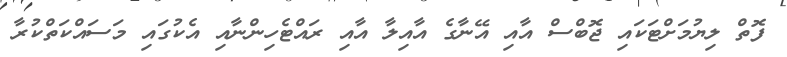
ފޮތް ލިޔުމަށްޓަކައި ޖޮބްސް އާއި އޭނާގެ އާއިލާ އާއި ރައްޓެހިންނާއި އެކުގައި މަސައްކަތްކުރާ